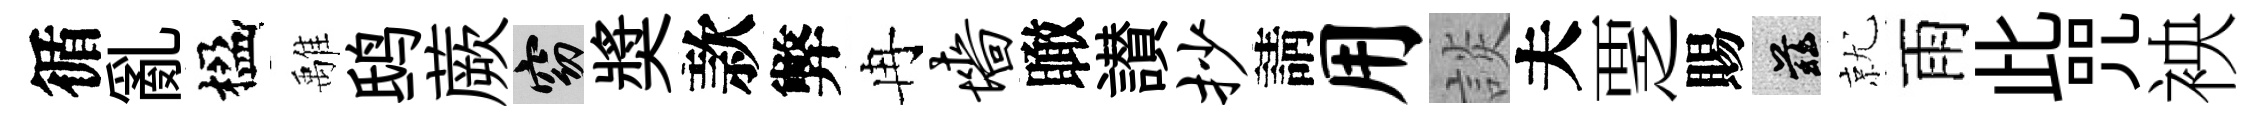
循亂楹𩀌鸱蕨窈奬款弊冉墙瞰讃抄請用談夫覂賜兹就雨此咒䘧